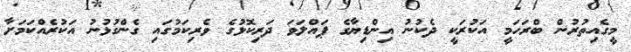
މީގެއިތުރުން ބްރަހަމީ އަކުރަކީ ދެކުނު އިންޑިޔާގެ ޕައްލަވަ ދަރިކޮޅުގެ ވެރިކަމުގައި ގެންގުޅުނު އަކުރެއްކަމަށާ